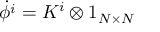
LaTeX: \dot { \phi ^ { i } } = K ^ { i } \otimes 1 _ { N \times N }